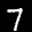
Label: 7